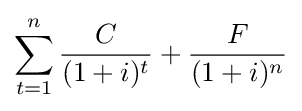
\sum _{t=1}^{n}{\frac {C}{(1+i)^{t}}}+{\frac {F}{(1+i)^{n}}}